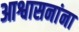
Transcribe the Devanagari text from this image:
आश्वासनांना